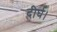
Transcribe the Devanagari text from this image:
दीर्घ।